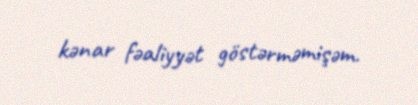
kənar fəaliyyət göstərməmişəm.